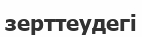
зерттеудегі